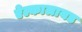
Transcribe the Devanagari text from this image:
ऐल्कालायड